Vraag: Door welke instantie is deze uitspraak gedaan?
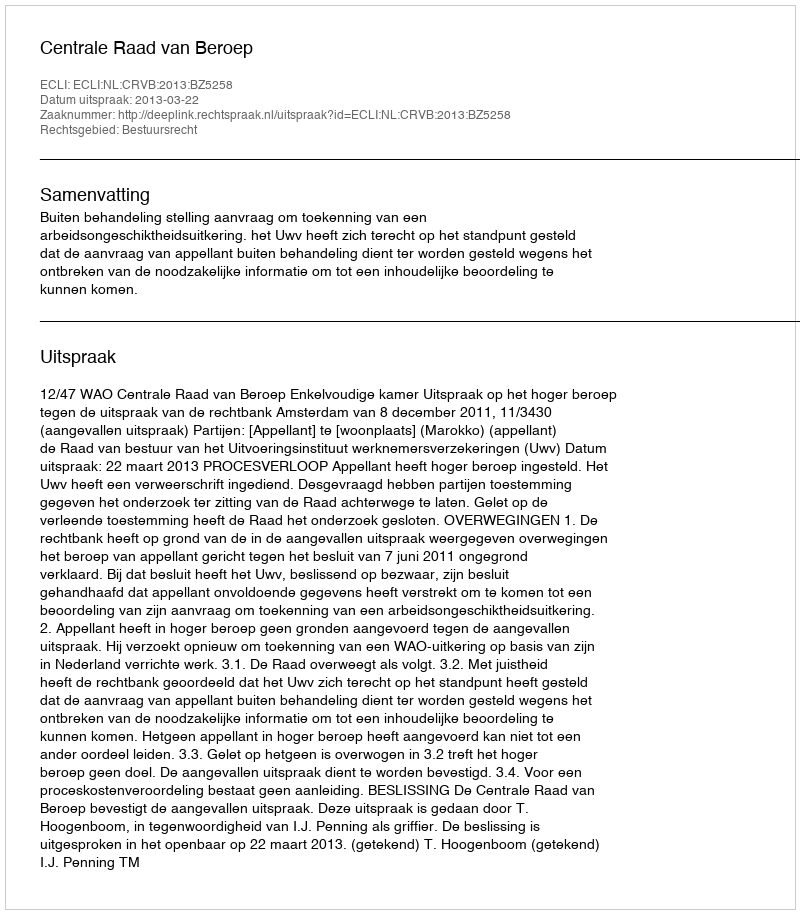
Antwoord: Centrale Raad van Beroep